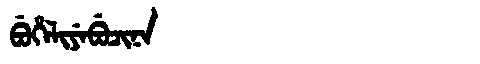
Manchu: ᠪᡠᡥᡝᠯᡳᠶᡝᠪᡠᠴᡳᠨᠠ
Romanization: BUHELIYEBUCINA